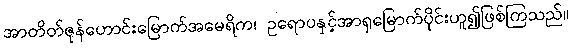
အာတိတ်ဇုန်ဟောင်းမြောက်အမေရိက၊ ဥရောပနှင့်အာရှမြောက်ပိုင်းဟူ၍ဖြစ်ကြသည်။